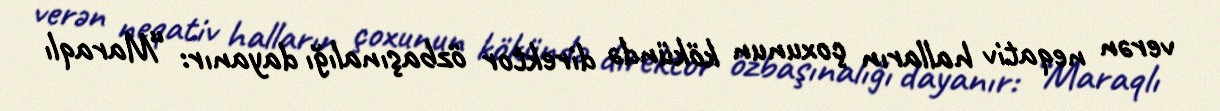
verən neqativ halların çoxunun kökündə direktor özbaşınalığı dayanır: “Maraqlı